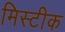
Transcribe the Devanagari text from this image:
मिस्टीक